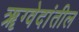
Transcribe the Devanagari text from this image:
ॠग्वेदांतील